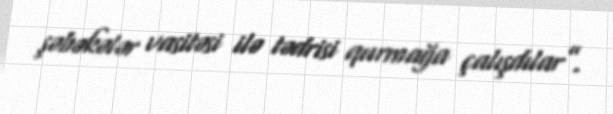
şəbəkələr vasitəsi ilə tədrisi qurmağa çalışdılar”.